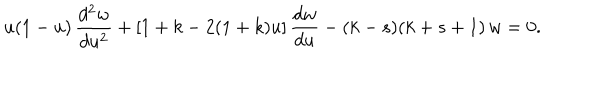
u ( 1 - u ) \, \frac { d ^ { 2 } w } { d u ^ { 2 } } + [ 1 + k - 2 ( 1 + k ) u ] \, \frac { d w } { d u } - ( k - s ) ( k + s + 1 ) \, w = 0 .